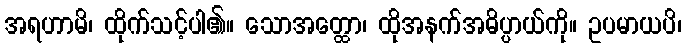
အရဟာမိ၊ ထိုက်သင့်ပါ၏။ သောအတ္ထော၊ ထိုအနက်အဓိပ္ပာယ်ကို။ ဥပမာယပိ၊